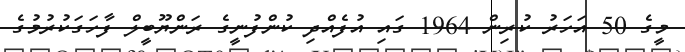
މީގެ 50 އަހަރު ކުރިން 1964 ގައި އުފެއްދި ކުންފުނީގެ ރަންޔޫބީލް ފާހަގަކުރުމުގެ